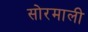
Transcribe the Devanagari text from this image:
सोरमाली